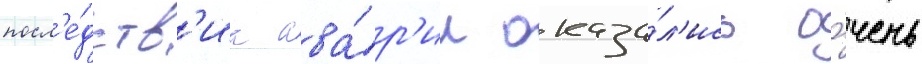
посл'е́дств'иа ава́р'ии оказа́л'ись о́чень